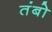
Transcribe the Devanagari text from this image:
तंबो